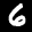
Label: 6